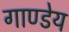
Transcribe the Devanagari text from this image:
गाण्डेय